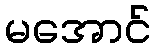
မအောင်